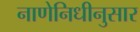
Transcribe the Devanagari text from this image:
नाणेनिधीनुसार